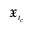
\mathfrak { X } _ { t _ { c } }